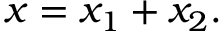
x = x _ { 1 } + x _ { 2 } .